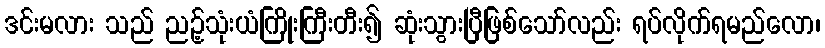
ဒင်းမလား သည် ညဉ့်သုံးယံကြိုးကြီးတီး၍ ဆုံးသွားပြီဖြစ်သော်လည်း ရပ်လိုက်ရမည်လော၊